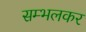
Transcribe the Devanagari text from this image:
सम्भलकर